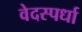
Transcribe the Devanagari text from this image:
वेदस्पर्धा